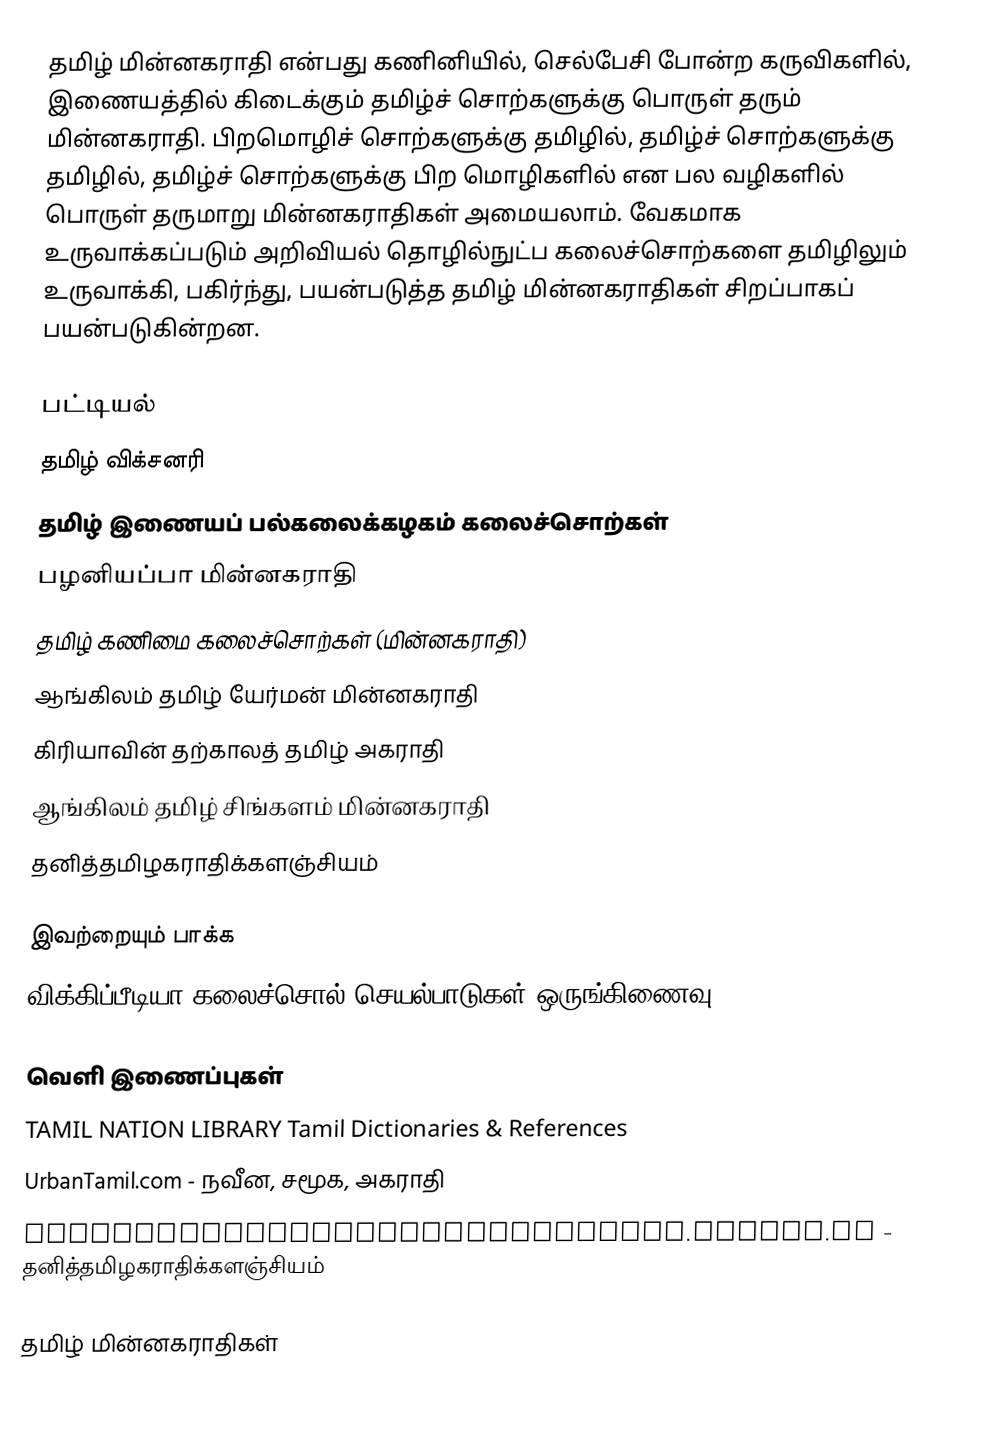
தமிழ் மின்னகராதி என்பது கணினியில், செல்பேசி போன்ற கருவிகளில், இணையத்தில் கிடைக்கும் தமிழ்ச் சொற்களுக்கு பொருள் தரும் மின்னகராதி.  பிறமொழிச் சொற்களுக்கு தமிழில், தமிழ்ச் சொற்களுக்கு தமிழில், தமிழ்ச் சொற்களுக்கு பிற மொழிகளில் என பல வழிகளில் பொருள் தருமாறு மின்னகராதிகள் அமையலாம்.  வேகமாக உருவாக்கப்படும் அறிவியல் தொழில்நுட்ப கலைச்சொற்களை தமிழிலும் உருவாக்கி, பகிர்ந்து, பயன்படுத்த தமிழ் மின்னகராதிகள் சிறப்பாகப் பயன்படுகின்றன.

பட்டியல்
 தமிழ் விக்சனரி
 தமிழ் இணையப் பல்கலைக்கழகம் கலைச்சொற்கள்
 பழனியப்பா மின்னகராதி
 தமிழ் கணிமை கலைச்சொற்கள் (மின்னகராதி)
 ஆங்கிலம் தமிழ் யேர்மன் மின்னகராதி
 கிரியாவின் தற்காலத் தமிழ் அகராதி
 ஆங்கிலம் தமிழ் சிங்களம் மின்னகராதி
 தனித்தமிழகராதிக்களஞ்சியம்

இவற்றையும் பாக்க
 விக்கிப்பீடியா:கலைச்சொல் செயல்பாடுகள் ஒருங்கிணைவு

வெளி இணைப்புகள்
 TAMIL NATION LIBRARY Tamil Dictionaries & References
UrbanTamil.com - நவீன, சமூக, அகராதி
thanithamizhakarathikalanjiyam.github.io - தனித்தமிழகராதிக்களஞ்சியம்

தமிழ் மின்னகராதிகள்